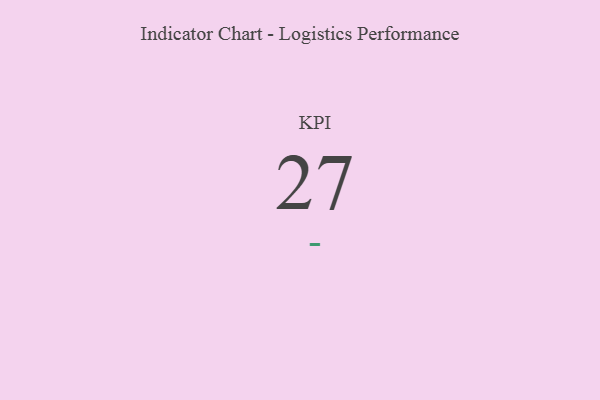
{"axis": {"x": "KPI", "y": "Value"}, "legend": [""], "data": [{"x": "KPI", "y": 27, "type": ""}]}